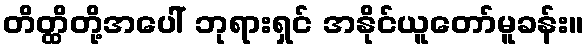
တိတ္ထိတို့အပေါ် ဘုရားရှင် အနိုင်ယူတော်မူခန်း။